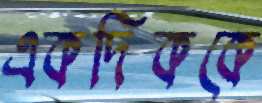
একদিককে